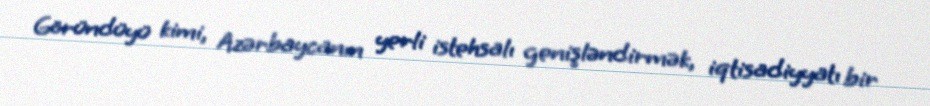
Göründüyü kimi, Azərbaycanın yerli istehsalı genişləndirmək, iqtisadiyyatı bir